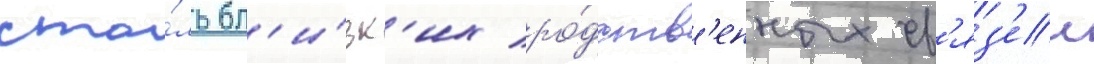
сто́ль бл'и́зк'их ро́дств'енных св'яз'еи